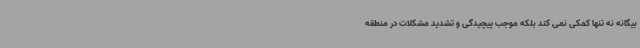
بیگانه نه تنها کمکی نمی کند بلکه موجب پیچیدگی و تشدید مشکلات در منطقه